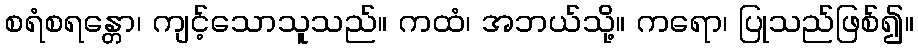
စရံစရန္တော၊ ကျင့်သောသူသည်။ ကထံ၊ အဘယ်သို့။ ကရော၊ ပြုသည်ဖြစ်၍။